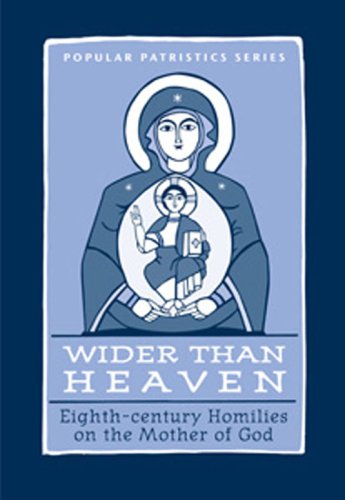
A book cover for Wider Than Heaven: Eighth-century Homilies on the Mother of God; Mary B. Cunningham; Christian Books & Bibles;